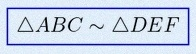
\triangle ABC\sim\triangle DEF